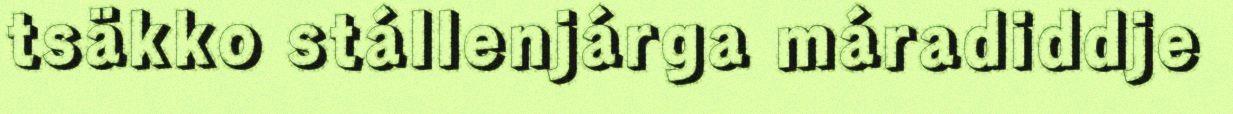
tsäkko stállenjárga máradiddje